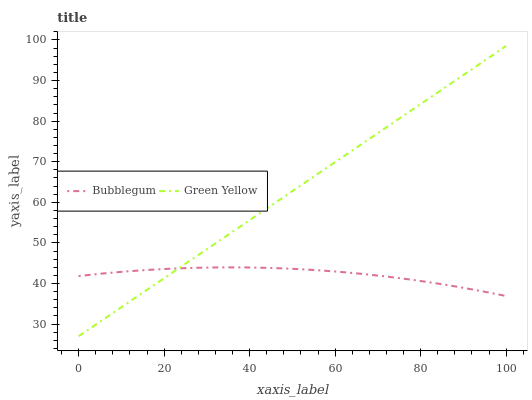
| xaxis_label | Bubblegum | Green Yellow |
 | --- | --- | --- |
 | 0 | 41.8 | 27 |
 | 5.56 | 42.5 | 31 |
 | 11.1 | 43 | 34.9 |
 | 16.7 | 43.4 | 38.9 |
 | 22.2 | 43.7 | 42.9 |
 | 27.8 | 43.9 | 46.9 |
 | 33.3 | 44 | 50.8 |
 | 38.9 | 44 | 54.8 |
 | 44.4 | 43.8 | 58.8 |
 | 50 | 43.6 | 62.8 |
 | 55.6 | 43.3 | 66.7 |
 | 61.1 | 42.9 | 70.7 |
 | 66.7 | 42.3 | 74.7 |
 | 72.2 | 41.7 | 78.6 |
 | 77.8 | 40.9 | 82.6 |
 | 83.3 | 40.1 | 86.6 |
 | 88.9 | 39.1 | 90.6 |
 | 94.4 | 38.1 | 94.5 |
 | 100 | 36.9 | 98.5 |